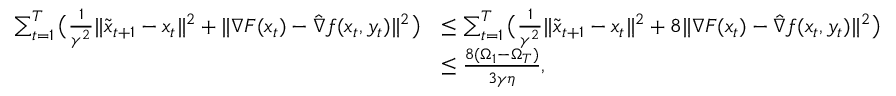
\begin{array} { r l } { \sum _ { t = 1 } ^ { T } \big ( \frac { 1 } { \gamma ^ { 2 } } \| \tilde { x } _ { t + 1 } - x _ { t } \| ^ { 2 } + \| \nabla F ( x _ { t } ) - \hat { \nabla } f ( x _ { t } , y _ { t } ) \| ^ { 2 } \big ) } & { \leq \sum _ { t = 1 } ^ { T } \big ( \frac { 1 } { \gamma ^ { 2 } } \| \tilde { x } _ { t + 1 } - x _ { t } \| ^ { 2 } + 8 \| \nabla F ( x _ { t } ) - \hat { \nabla } f ( x _ { t } , y _ { t } ) \| ^ { 2 } \big ) } \\ & { \leq \frac { 8 ( \Omega _ { 1 } - \Omega _ { T } ) } { 3 \gamma \eta } , } \end{array}